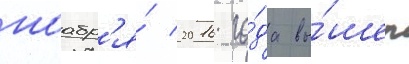
ноабр'я́ 2016 го́да вы́шел